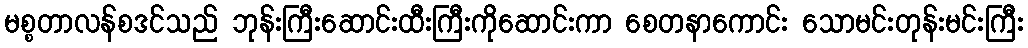
မစ္စတာလန်စဒင်သည် ဘုန်းကြီးဆောင်းထီးကြီးကိုဆောင်းကာ စေတနာကောင်း သောမင်းတုန်းမင်းကြီး